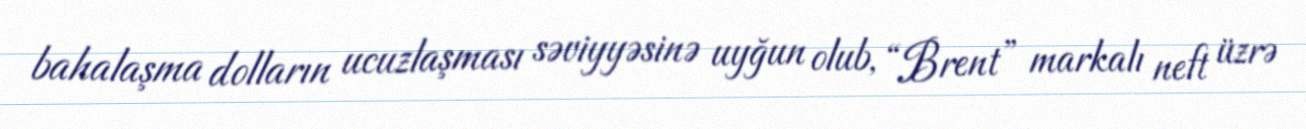
bahalaşma dolların ucuzlaşması səviyyəsinə uyğun olub, “Brent” markalı neft üzrə